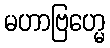
မဟာဗြဟ္မေ